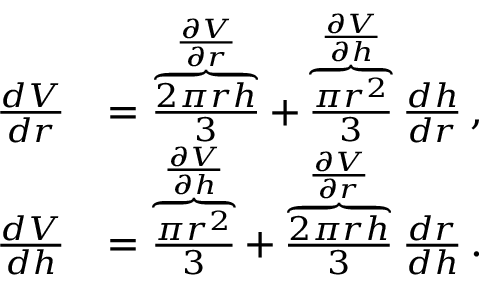
{ \begin{array} { r l } { { \frac { d V } { d r } } } & { = \overbrace { \frac { 2 \pi r h } { 3 } } ^ { \frac { \partial V } { \partial r } } + \overbrace { \frac { \pi r ^ { 2 } } { 3 } } ^ { \frac { \partial V } { \partial h } } { \frac { d h } { d r } } \, , } \\ { { \frac { d V } { d h } } } & { = \overbrace { \frac { \pi r ^ { 2 } } { 3 } } ^ { \frac { \partial V } { \partial h } } + \overbrace { \frac { 2 \pi r h } { 3 } } ^ { \frac { \partial V } { \partial r } } { \frac { d r } { d h } } \, . } \end{array} }